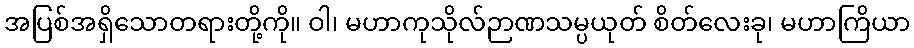
အပြစ်အရှိသောတရားတို့ကို။ ဝါ၊ မဟာကုသိုလ်ဉာဏသမ္ပယုတ် စိတ်လေးခု၊ မဟာကြိယာ